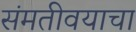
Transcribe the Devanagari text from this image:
संमतीवयाचा